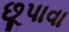
છૂપાવા